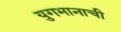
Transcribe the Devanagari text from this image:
युगभानाची